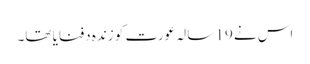
اس نے 19 سالہ عورت کو زندہ دفنایا تھا۔